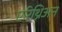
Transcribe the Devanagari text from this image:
एरिथ्रिअन